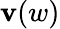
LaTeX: \mathbf{v}(w)